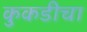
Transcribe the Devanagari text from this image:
कुकडीचा